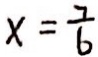
x = \frac { 7 } { 6 }